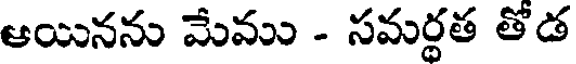
ఆయినను మేము - సమర్థత తోడ